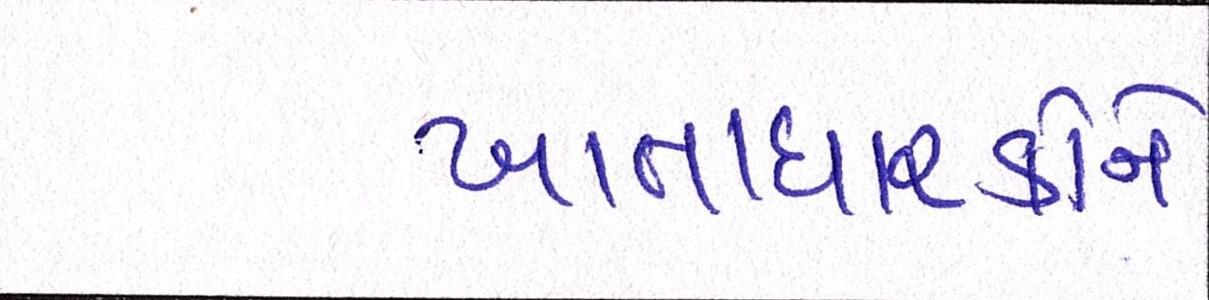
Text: ખાતાધારકોને